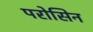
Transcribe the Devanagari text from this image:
परोसिन